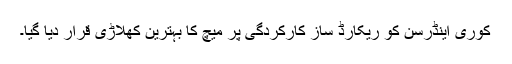
کوری اینڈرسن کو ریکارڈ ساز کارکردگی پر میچ کا بہترین کھلاڑی قرار دیا گیا۔